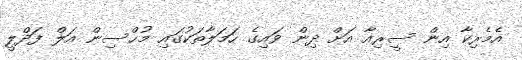
އެމެރިކާ އިން ސީރިއާ އަށް ދިން ވައިގެ ހަމަލާތަކުގައި މުޙްސިން އަލް ފަދްލީ